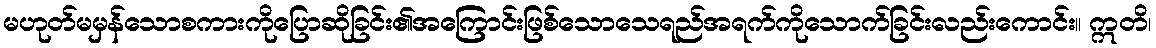
မဟုတ်မမှန်သောစကားကိုပြောဆိုခြင်း၏အကြောင်းဖြစ်သောသေရည်အရက်ကိုသောက်ခြင်းလည်းကောင်း။ ဣတိ၊